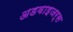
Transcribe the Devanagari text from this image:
अडवाइजर्स